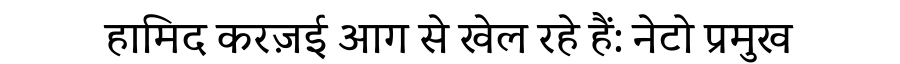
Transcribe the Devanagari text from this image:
हामिद करज़ई आग से खेल रहे हैं: नेटो प्रमुख